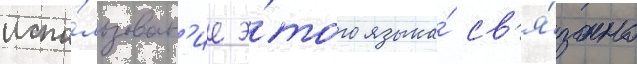
испо́льзован'ие э́того языка́ св'я́зано